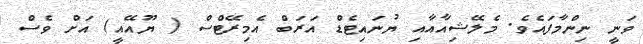
ވަނީ ނިންމާފައެވެ. މެލޭޝިއާއާއި ޔުނައިޓެޑް އަރަބް އެމިރޭޓްސް ( ޔޫއޭއީ) އަށް ވެސް